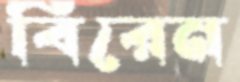
বিরেন